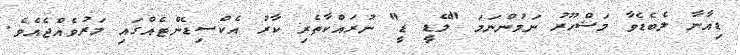
ޑިއާނާ ލެބެޑެވާ މަޝްހޫރު ނަމުންނަމަ "ލޭޑީ ޑީ" ނުރައްކާތެރި ކާރު އެކްސިޑެންޓެއްގައި މަރުވެއްޖެއެވެ.